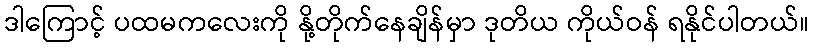
ဒါကြောင့် ပထမကလေးကို နို့တိုက်နေချိန်မှာ ဒုတိယ ကိုယ်ဝန် ရနိုင်ပါတယ်။